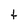
Character: t